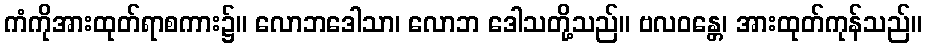
ကံကိုအားထုတ်ရာစကား၌။ လောဘဒေါသာ၊ လောဘ ဒေါသတို့သည်။ ဗလဝန္တေ၊ အားထုတ်ကုန်သည်။